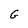
Character: G